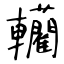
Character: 轥